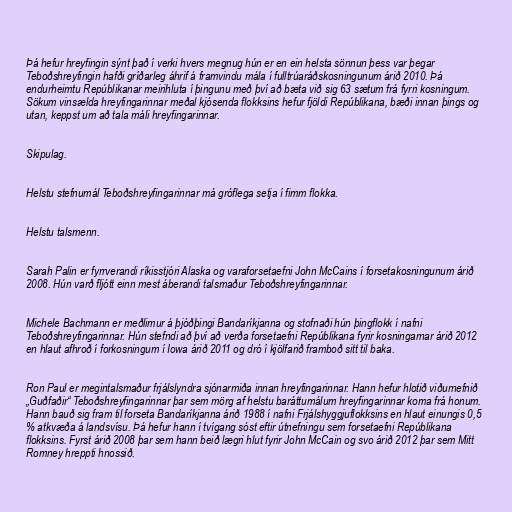
Þá hefur hreyfingin sýnt það í verki hvers megnug hún er en ein helsta sönnun þess var þegar
Teboðshreyfingin hafði gríðarleg áhrif á framvindu mála í fulltrúaráðskosningunum árið 2010. Þá
endurheimtu Repúblikanar meirihluta í þingunu með því að bæta við sig 63 sætum frá fyrri kosningum.
Sökum vinsælda hreyfingarinnar meðal kjósenda flokksins hefur fjöldi Repúblikana, bæði innan þings og
utan, keppst um að tala máli hreyfingarinnar.

Skipulag.

Helstu stefnumál Teboðshreyfingarinnar má gróflega setja í fimm flokka.

Helstu talsmenn.

Sarah Palin er fyrrverandi ríkisstjóri Alaska og varaforsetaefni John McCains í forsetakosningunum árið
2008. Hún varð fljótt einn mest áberandi talsmaður Teboðshreyfingarinnar.

Michele Bachmann er meðlimur á þjóðþingi Bandaríkjanna og stofnaði hún þingflokk í nafni
Teboðshreyfingarinnar. Hún stefndi að því að verða forsetaefni Repúblikana fyrir kosningarnar árið 2012
en hlaut afhroð í forkosningum í Iowa árið 2011 og dró í kjölfarið framboð sitt til baka.

Ron Paul er megintalsmaður frjálslyndra sjónarmiða innan hreyfingarinnar. Hann hefur hlotið viðurnefnið
„Guðfaðir“ Teboðshreyfingarinnar þar sem mörg af helstu baráttumálum hreyfingarinnar koma frá honum.
Hann bauð sig fram til forseta Bandaríkjanna árið 1988 í nafni Frjálshyggjuflokksins en hlaut einungis 0,5
% atkvæða á landsvísu. Þá hefur hann í tvígang sóst eftir útnefningu sem forsetaefni Repúblikana
flokksins. Fyrst árið 2008 þar sem hann beið lægri hlut fyrir John McCain og svo árið 2012 þar sem Mitt
Romney hreppti hnossið.